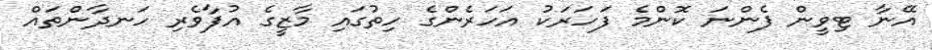
އޭނާ ޓިވީން ފެންނަ ކޮންމެ ފަހަރަކު އަހަރެންގެ ހިތުގައި މާޒީގެ އުފާވެރި ހަނދާންތައް